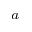
^ { a }